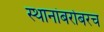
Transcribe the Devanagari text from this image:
स्थानांबरोबरच